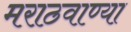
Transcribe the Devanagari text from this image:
मराठवाण्या